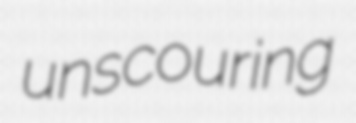
unscouring